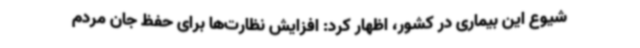
شیوع این بیماری در کشور، اظهار کرد: افزایش نظارت‌ها برای حفظ جان مردم